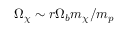
\Omega _ { \chi } \sim r \Omega _ { b } m _ { \chi } / m _ { p }